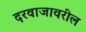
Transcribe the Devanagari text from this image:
दरवाजावरील